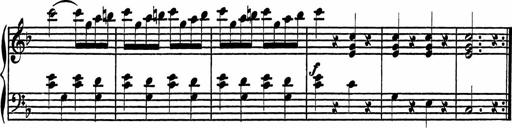
Title: 4 Piano Sonatinas
Composer: Adam Geibel